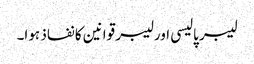
لیبر پالیسی اور لیبر قوانین کا نفاذ ہوا۔